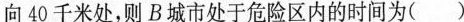
向40千米处，则B城市处于危险区内的时间为( )